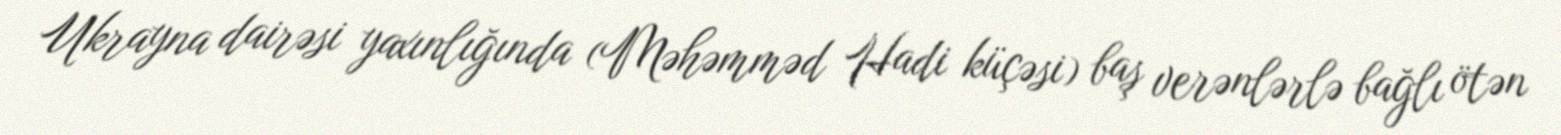
Ukrayna dairəsi yaxınlığında (Məhəmməd Hadi küçəsi) baş verənlərlə bağlı ötən